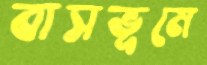
বাসভূমে